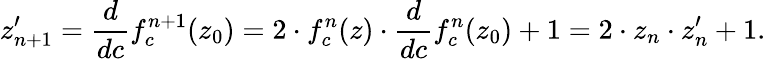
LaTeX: z_{n+1}^{\prime}={\frac{d}{dc}}f_{c}^{n+1}(z_{0})=2\cdot{}f_{c}^{n}(z)\cdot{\frac{d}{dc}}f_{c}^{n}(z_{0})+1=2\cdot z_{n}\cdot z_{n}^{\prime}+1.